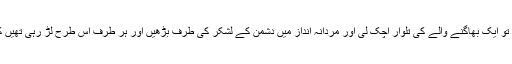
وجود اسلام خطرہ میں گھرا ہوا ہے تو ایک بھاگنے والے کی تلوار اچک لی اور مردانہ انداز میں دشمن کے لشکر کی طرف بڑھیں اور ہر طرف اس طرح لڑ رہی تھیں کہ رسول خدا کی جان محفوظ رہے۔